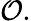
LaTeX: {\mathcal{O}}.